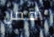
أقفل